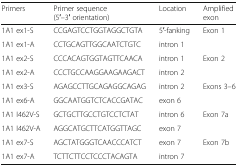
| Primers | Primer sequence (5′–3′ orientation) | Location | Amplified exon |
 | --- | --- | --- | --- |
 | 1A1 ex1-S | CCGAGTCCTGGTAGGCTGTA | 5′-fanking | <ROWSPAN=2> Exon 1 |
 | 1A1 ex1-A | CCTGCAGTTGGCAATCTGTC | intron 1 |
 | 1A1 ex2-S | CCCACAGTGGTAGTTCAACA | intron 1 | <ROWSPAN=2> Exon 2 |
 | 1A1 ex2-A | CCCTGCCAAGGAAGAAGACT | intron 2 |
 | 1A1 ex3-S | AGAGCCTTGCAGAGGCAGAG | intron 2 | <ROWSPAN=2> Exons 3–6 |
 | 1A1 ex6-A | GGCAATGGTCTCACCGATAC | exon 6 |
 | 1A1 I462V-S | GCTGCTTGCCTGTCCTCTAT | intron 6 | <ROWSPAN=2> Exon 7a |
 | 1A1 I462V-A | AGGCATGCTTCATGGTTAGC | exon 7 |
 | 1A1 ex7-S | AGCTATGGGTCAACCCATCT | exon 7 | <ROWSPAN=2> Exon 7b |
 | 1A1 ex7-A | TCTTCTTCCTCCCTACAGTA | intron 7 |